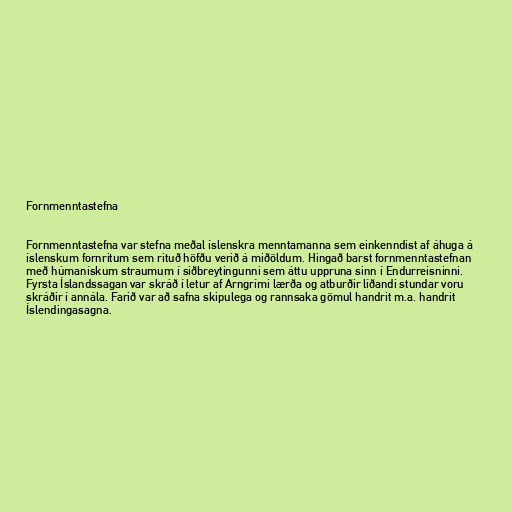
Fornmenntastefna

Fornmenntastefna var stefna meðal íslenskra menntamanna sem einkenndist af áhuga á
íslenskum fornritum sem rituð höfðu verið á miðöldum. Hingað barst fornmenntastefnan
með húmanískum straumum í siðbreytingunni sem áttu uppruna sinn í Endurreisninni.
Fyrsta Íslandssagan var skráð í letur af Arngrími lærða og atburðir líðandi stundar voru
skráðir í annála. Farið var að safna skipulega og rannsaka gömul handrit m.a. handrit
Íslendingasagna.